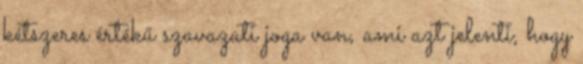
kétszeres értékű szavazati joga van, ami azt jelenti, hogy